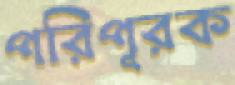
পরিপূরক